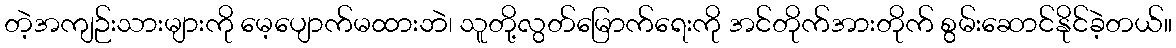
တဲ့အကျဉ်းသားများကို မေ့ပျောက်မထားဘဲ၊ သူတို့လွတ်မြောက်ရေးကို အင်တိုက်အားတိုက် စွမ်းဆောင်နိုင်ခဲ့တယ်။